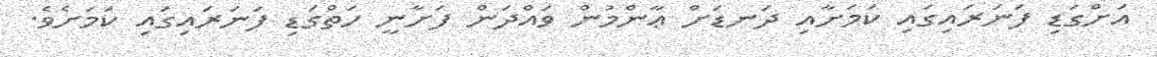
އަށްގަޑި ފަނަރައިގައި ކަމަށާއި ދަނޑަށް ޢާންމުން ވައްދަން ފަށާނީ ހަތްގަޑި ފަނަރައިގައި ކަމަށެވެ.